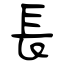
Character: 長